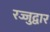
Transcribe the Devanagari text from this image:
रज्जुद्वार